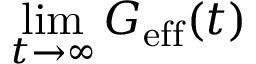
\operatorname* { l i m } _ { t \to \infty } G _ { \mathrm { e f f } } ( t )